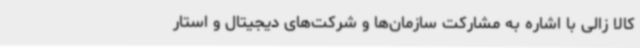
کالا زالی با اشاره به مشارکت سازمان‌ها و شرکت‌های دیجیتال و استار